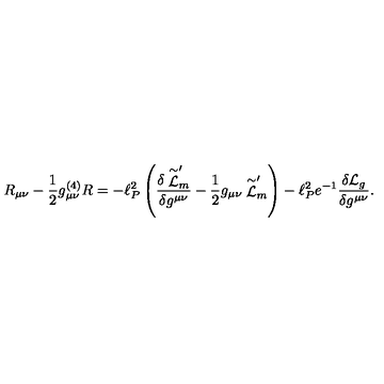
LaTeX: R _ { \mu \nu } - { \frac { 1 } { 2 } } g _ { \mu \nu } ^ { ( 4 ) } R = - \ell _ { P } ^ { 2 } \left( \frac { \delta \stackrel { \sim } { \cal L } _ { m } ^ { \prime } } { \delta g ^ { \mu \nu } } - { \frac { 1 } { 2 } } g _ { \mu \nu } \stackrel { \sim } { \cal L } _ { m } ^ { \prime } \right) - \ell _ { P } ^ { 2 } e ^ { - 1 } \frac { \delta { \cal L } _ { g } } { \delta g ^ { \mu \nu } } .